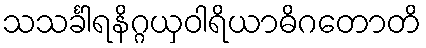
သသင်္ခါရနိဂ္ဂယှဝါရိယာဓိဂတောတိ